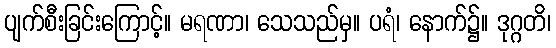
ပျက်စီးခြင်းကြောင့်။ မရဏာ၊ သေသည်မှ။ ပရံ၊ နောက်၌။ ဒုဂ္ဂတိ၊